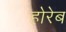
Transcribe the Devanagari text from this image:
होरेब